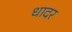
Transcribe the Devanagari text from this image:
धादर